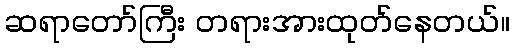
ဆရာတော်ကြီး တရားအားထုတ်နေတယ်။